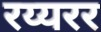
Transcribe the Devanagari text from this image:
रय्यरर